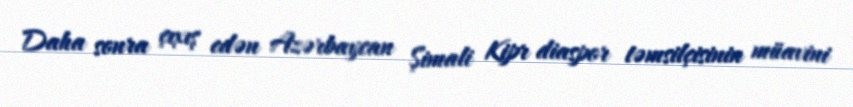
Daha sonra çıxış edən Azərbaycan Şimali Kipr diaspor təmsilçisinin müavini